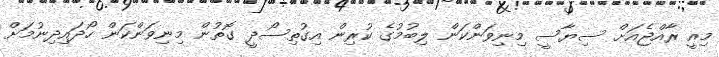
މިއީ ރާއްޖެއަށް ސިޔާސީ މިނިވަންކަން ލިބުމުގެ ކުރިން އިގުތިސޯދީ ގޮތުން މިނިވަންކަން ހޯދައިދިނުމަށް